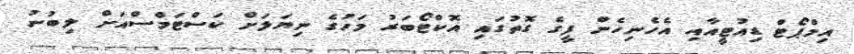
އިމްޕޯޓް ޑިއުޓީއާއި އެހެނިހެން ފީގެ ގޮތުގައި އޮކްޓޯބަރު މަހުގެ ނިޔަލަށް ކަސްޓަމްސްއަށް ލިބުނު